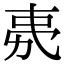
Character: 𭄧